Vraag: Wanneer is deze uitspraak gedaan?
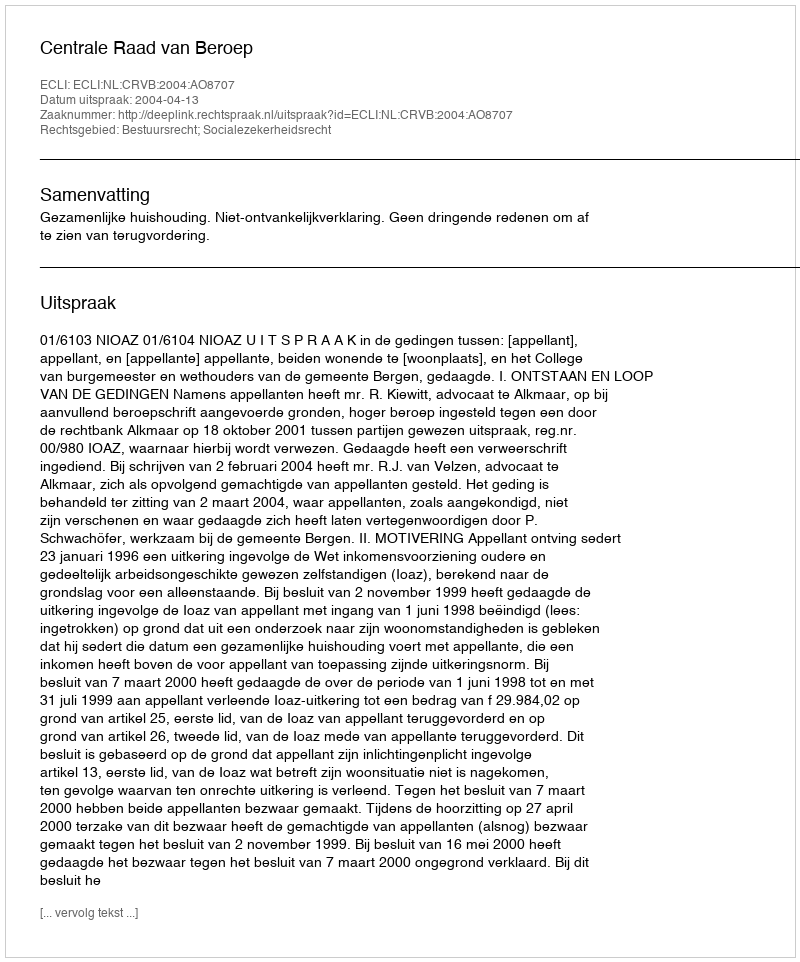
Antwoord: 2004-04-13